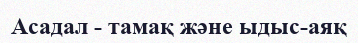
Асадал - тамақ және ыдыс-аяқ